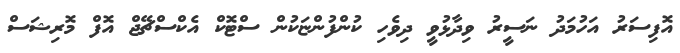
އޮފިސަރު އަހުމަދު ނަސީރު ވިދާޅުވީ ދިވެހި ކުންފުންޏަކުން ސްޓޮކް އެކްސްޗޭޖް އޮފް މޮރިޝަސް